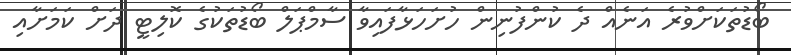
ބޯޑުތަކަށްވުރެ އަނެއް ދެ ކުންފުނިން ހުށަހަޅާފައިވާ ސާމްޕަލް ބޯޑުތަކުގެ ކޮލިޓީ ދަށް ކަމަށާއި